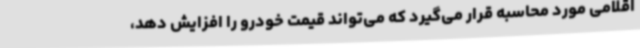
اقلامی مورد محاسبه قرار می‌گیرد که می‌تواند قیمت خودرو را افزایش دهد،